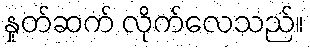
နှုတ်ဆက် လိုက်လေသည်။